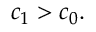
c _ { 1 } > c _ { 0 } .